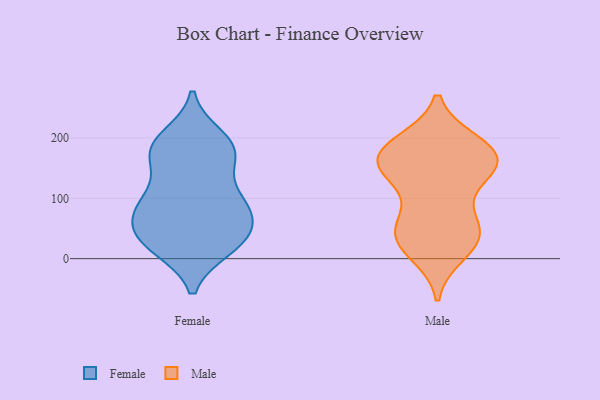
{"axis": {"x": "Customer Acquisition Cost (USD)", "y": "Value"}, "legend": ["Female", "Male"], "data": [{"x": "", "y": 173, "type": "Female"}, {"x": "", "y": 98, "type": "Female"}, {"x": "", "y": 21, "type": "Female"}, {"x": "", "y": 85, "type": "Female"}, {"x": "", "y": 186, "type": "Female"}, {"x": "", "y": 40, "type": "Female"}, {"x": "", "y": 19, "type": "Female"}, {"x": "", "y": 165, "type": "Female"}, {"x": "", "y": 200, "type": "Female"}, {"x": "", "y": 183, "type": "Female"}, {"x": "", "y": 90, "type": "Female"}, {"x": "", "y": 50, "type": "Female"}, {"x": "", "y": 73, "type": "Female"}, {"x": "", "y": 180, "type": "Female"}, {"x": "", "y": 79, "type": "Female"}, {"x": "", "y": 111, "type": "Female"}, {"x": "", "y": 29, "type": "Female"}, {"x": "", "y": 28, "type": "Female"}, {"x": "", "y": 10, "type": "Male"}, {"x": "", "y": 24, "type": "Male"}, {"x": "", "y": 183, "type": "Male"}, {"x": "", "y": 170, "type": "Male"}, {"x": "", "y": 170, "type": "Male"}, {"x": "", "y": 32, "type": "Male"}, {"x": "", "y": 155, "type": "Male"}, {"x": "", "y": 52, "type": "Male"}, {"x": "", "y": 159, "type": "Male"}, {"x": "", "y": 189, "type": "Male"}, {"x": "", "y": 148, "type": "Male"}, {"x": "", "y": 72, "type": "Male"}, {"x": "", "y": 191, "type": "Male"}, {"x": "", "y": 139, "type": "Male"}, {"x": "", "y": 53, "type": "Male"}, {"x": "", "y": 139, "type": "Male"}, {"x": "", "y": 38, "type": "Male"}]}